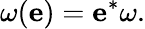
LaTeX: \omega({\mathbf{e}})={\mathbf{e}}^{*}\omega.